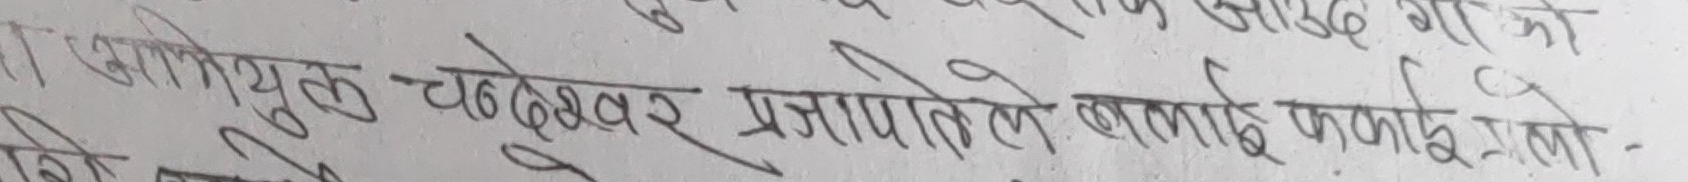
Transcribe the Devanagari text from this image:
सामिप्युल चक्रेश्वर प्रजापतिले बगायो फर्कायो -